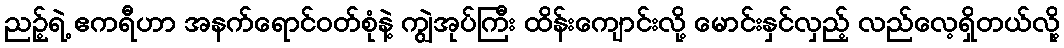
ညဉ့်ရဲ့ ဧကရီဟာ အနက်ရောင်ဝတ်စုံနဲ့ ကျွဲအုပ်ကြီး ထိန်းကျောင်းလို့ မောင်းနှင်လှည့် လည်လေ့ရှိတယ်လို့